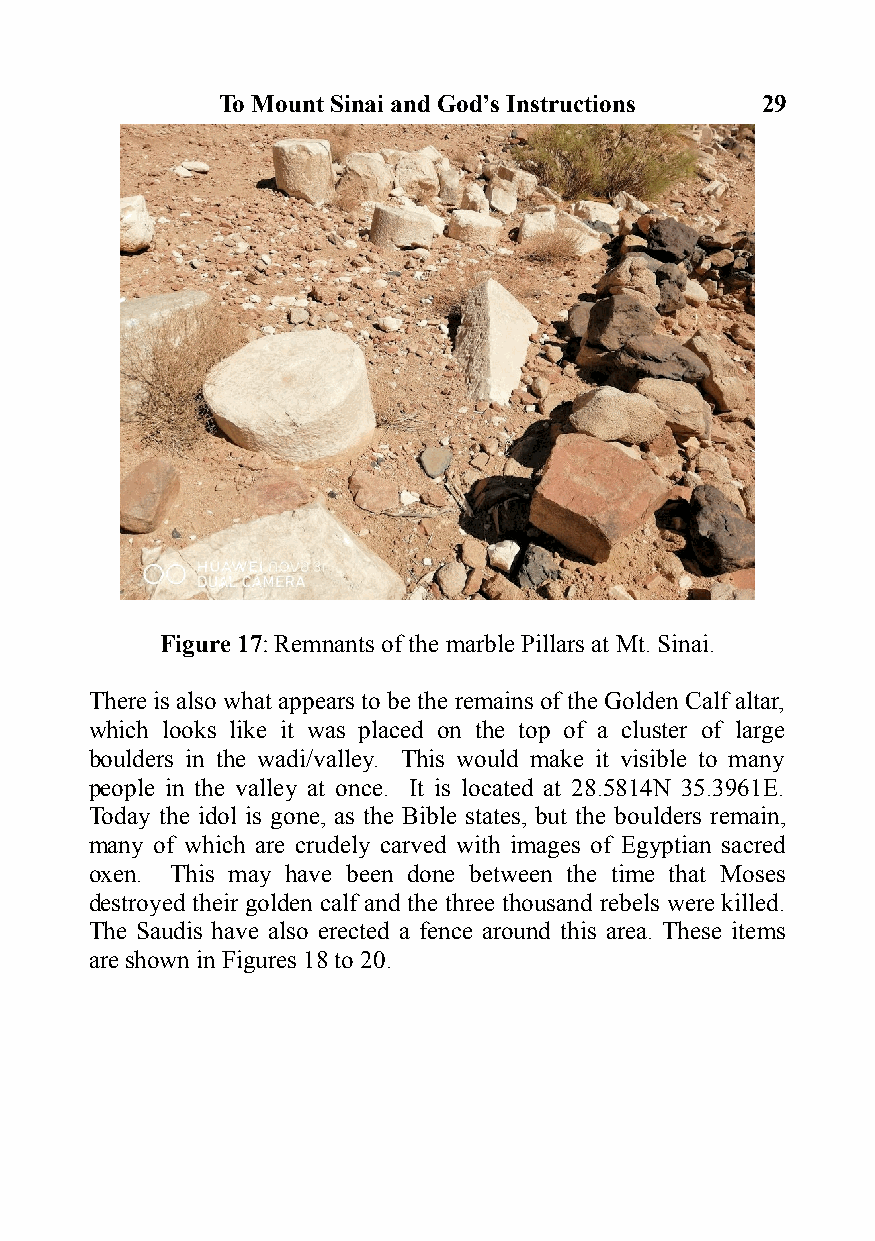
To Mount Sinai and God’s Instructions 29
 Figure 17: Remnants of the marble Pillars at Mt. Sinai.
 There is also what appears to be the remains of the Golden Calf altar,
 which looks like it was placed on the top of a cluster of large
 boulders in the wadi/valley. This would make it visible to many
 people in the valley at once. It is located at 28.5814N 35.3961E.
 Today the idol is gone, as the Bible states, but the boulders remain,
 many of which are crudely carved with images of Egyptian sacred
 oxen. This may have been done between the time that Moses
 destroyed their golden calf and the three thousand rebels were killed.
 The Saudis have also erected a fence around this area. These items
 are shown in Figures 18 to 20.